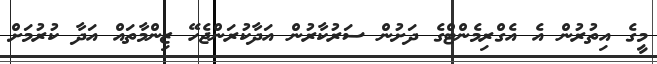
މީގެ އިތުރުން އެ އެގްރިމެންޓްގެ ދަށުން ސަރުކާރުން އަދާކުރަންޖެހޭ ޒިންމާތައް އަދާ ކުރުމަށް